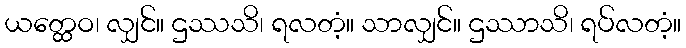
ယတ္ထေဝ၊ လျှင်။ ဌဿသိ၊ ရလတံ့။ သာလျှင်။ ဌဿာသိ၊ ရပ်လတံ့။